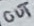
Text: OUT